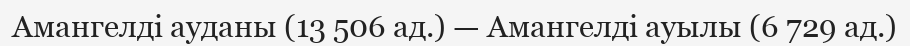
Амангелді ауданы (13 506 ад.) — Амангелді ауылы (6 729 ад.)